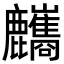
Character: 𪋸